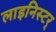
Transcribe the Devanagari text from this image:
लाइनिस्टर्